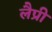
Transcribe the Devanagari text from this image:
लैप्री